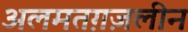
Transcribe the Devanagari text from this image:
अलमतग़ज़लीन